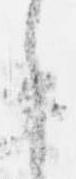
ら